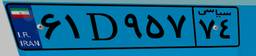
۶۱D۹۵۷۷۴